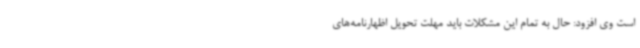
است وی افزود: حال به تمام این مشکلات باید مهلت تحویل اظهارنامه‌های